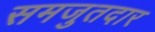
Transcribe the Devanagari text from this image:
समजुतदार